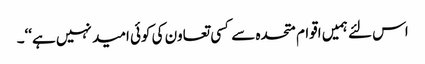
اس لئے ہمیں اقوام متحدہ سے کسی تعاون کی کوئی امید نہیں ہے‘‘۔